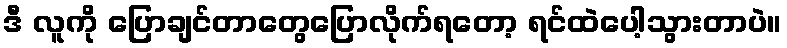
ဒီ လူကို ပြောချင်တာတွေပြောလိုက်ရတော့ ရင်ထဲပေါ့သွားတာပဲ။